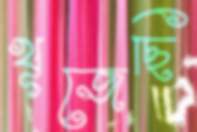
খূজেছি